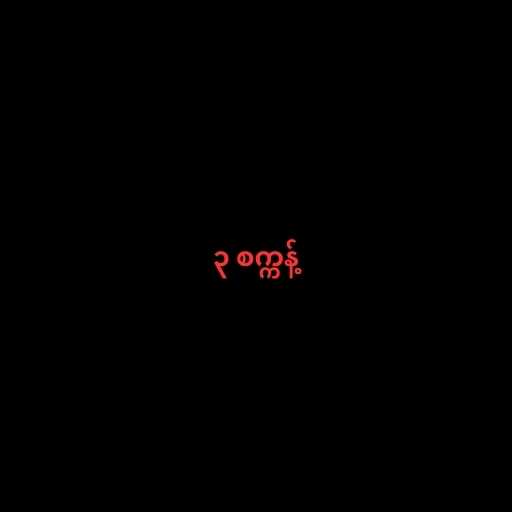
၃ စက္ကန့်